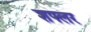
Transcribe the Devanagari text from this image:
शफ्लर